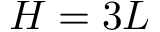
H = 3 L